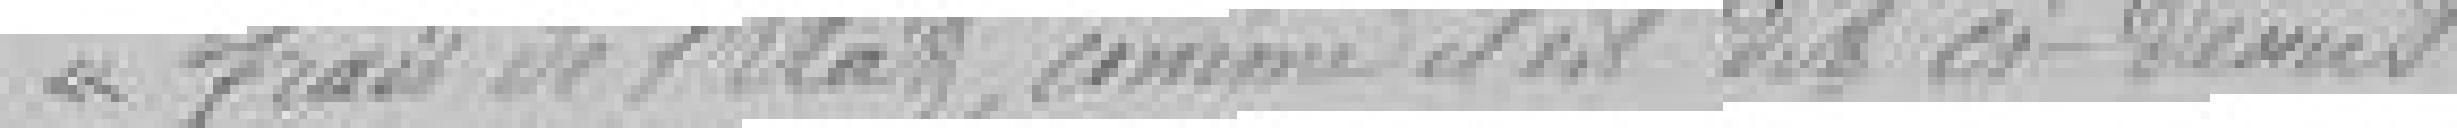
frais de l'Etat, comme il est dit ci-dessus.